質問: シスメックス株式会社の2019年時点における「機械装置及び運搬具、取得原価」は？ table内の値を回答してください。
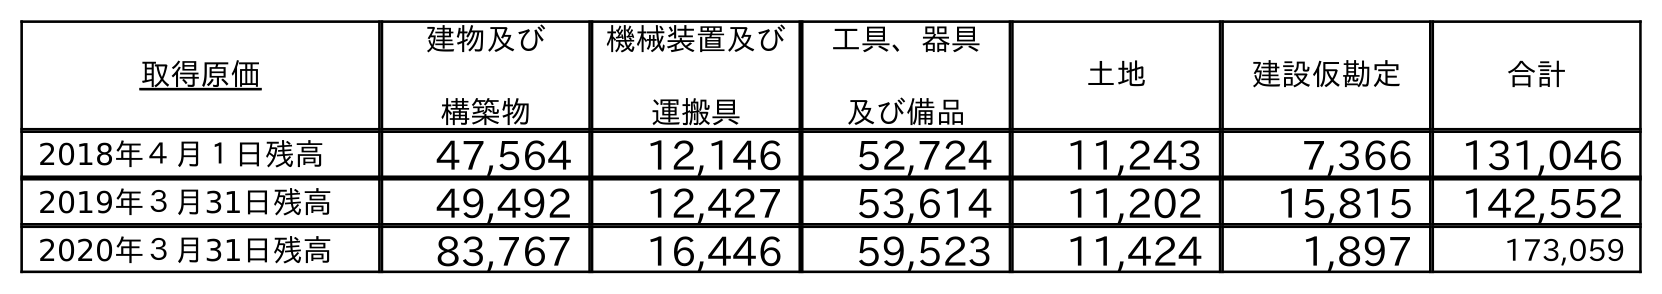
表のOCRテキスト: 取得原価 建物及び 構築物 機械装置及び 運搬具 工具、器具 及び備品 土地 建設仮勘定 合計 2018年４月１日残高 47,564 12,146 52,724 11,243 7,366 131,046 2019年３月31日残高 49,492 12,427 53,614 11,202 15,815 142,552 2020年３月31日残高 83,767 16,446 59,523 11,424 1,897 173,059
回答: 12,427